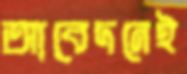
আবেদনেই